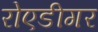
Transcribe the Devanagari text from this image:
रोएडीगर